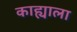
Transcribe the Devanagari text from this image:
काह्याला